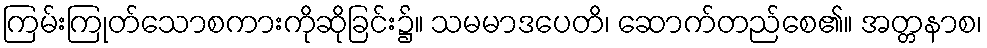
ကြမ်းကြုတ်သောစကားကိုဆိုခြင်း၌။ သမမာဒပေတိ၊ ဆောက်တည်စေ၏။ အတ္တနာစ၊